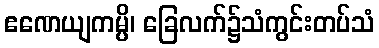
ဧဏေယျကမ္ပိ၊ ခြေလက်၌သံကွင်းတပ်သံ